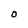
Character: O